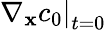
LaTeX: \left.\nabla_{\mathbf x}c_{0}\right|_{t=0}